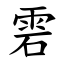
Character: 雼